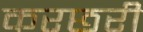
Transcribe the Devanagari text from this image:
करछरी